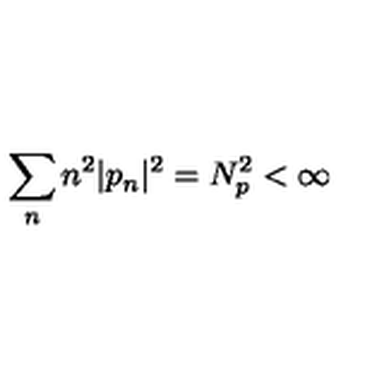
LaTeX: \sum _ { n } n ^ { 2 } | p _ { n } | ^ { 2 } = N _ { p } ^ { 2 } < \infty